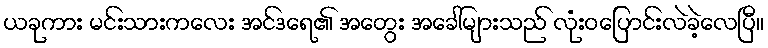
ယခုကား မင်းသားကလေး အင်ဒရေ၏ အတွေး အခေါ်များသည် လုံးဝပြောင်းလဲခဲ့လေပြီ။